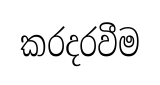
කරදරවීම